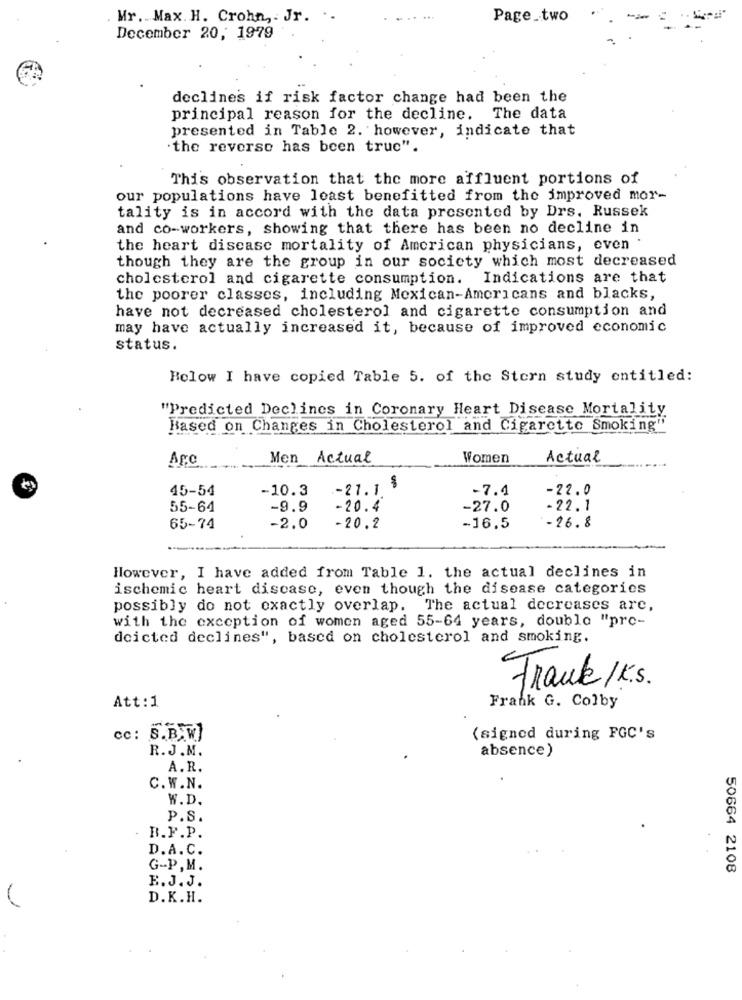
Mr. Max. H. Crohn, . Jr. ..
Page_two
December 20, 1979
declines if risk factor change had been the
principal reason for the decline. The data
presented in Table 2. however, indicate that
"the reverse has been true".
This observation that the more affluent portions of
our populations have least benefitted from the improved mor-
tality is in accord with the data presented by Drs. Russek
and co-workers, showing that there has been no decline in
the heart disease mortality of American physicians, even .
though they are the group in our society which most decreased
cholesterol and cigarette consumption. Indications are that
the poorer classes, including Mexican-Americans and blacks,
have not decreased cholesterol and cigarette consumption and
may have actually increased it, because of improved economic
status.
Holow I have copied Table 5. of the Stern study entitled:
"Predicted Declines in Coronary Heart Disease Mortality
Based on Changes in Cholesterol and Cigarette Smoking"
Agc
Men Actual
Women
Actual
45-54
-10.3
.- 27.1 $
-7.4
-22.0
55-64
-9.9
-20.4
-27.0
-22.1
65-74
-2.0
-20.2
-16.5
-26.8
However, I have added from Table 1. the actual declines in
ischemic heart disease, even though the disease categories
possibly do not exactly overlap. The actual decreases are,
with the exception of women aged 55-64 years, double "pro-
deicted declines", based on cholesterol and smoking.
Frank/K.
Att:1
Frank G. Colby
cc: S.B.W]
(signed during FGC's
R. J.M.
absence)
A.R.
C.W.N.
W.D.
P.S.
R.F.P.
D.A.C.
G-P, M.
50664 2108
B.J. J.
D.K.H.